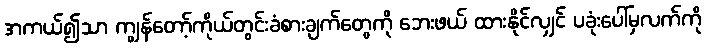
အကယ်၍သာ ကျွန်တော့်ကိုယ်တွင်းခံစားချက်တွေကို ဘေးဖယ် ထားနိုင်လျှင် ပခုံးပေါ်မှလက်ကို